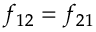
f _ { 1 2 } = f _ { 2 1 }